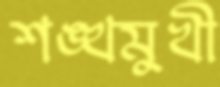
শঙ্খমুখী